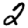
Digit: 2